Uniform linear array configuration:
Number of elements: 32
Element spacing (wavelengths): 0.75
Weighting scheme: hann
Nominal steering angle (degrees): -60
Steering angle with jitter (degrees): -59.188
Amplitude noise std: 0.05
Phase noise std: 0.05

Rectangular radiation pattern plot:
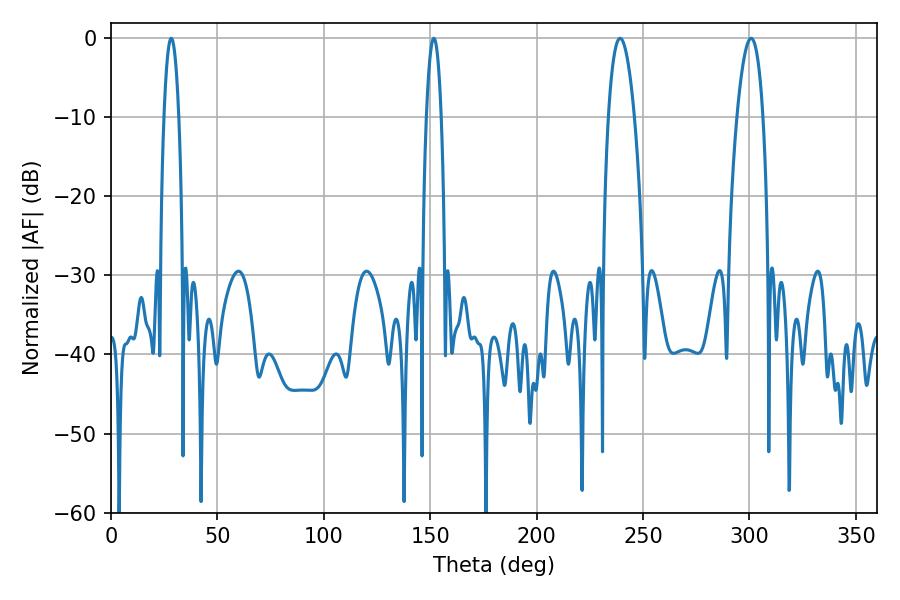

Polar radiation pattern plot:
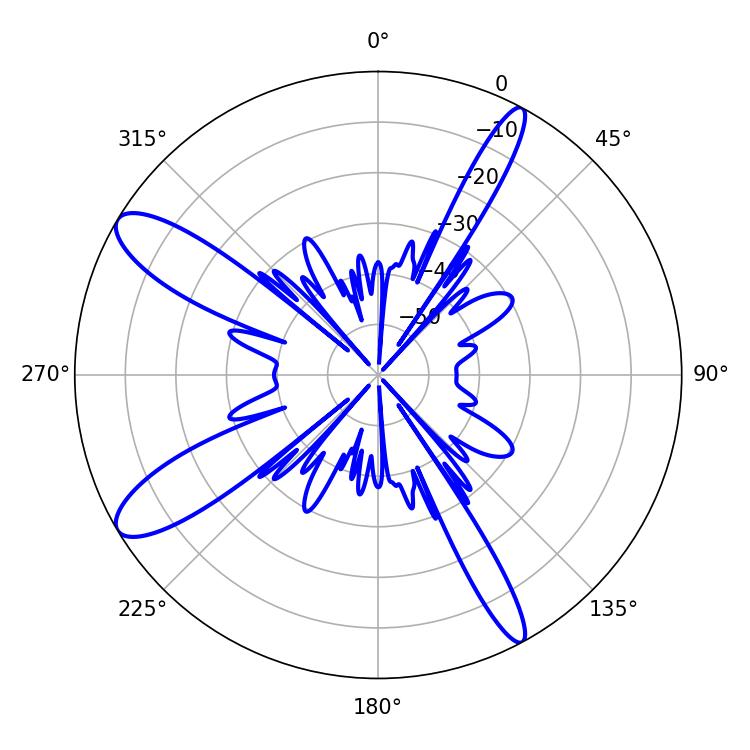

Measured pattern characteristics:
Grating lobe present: TRUE
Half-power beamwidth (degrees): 6.84
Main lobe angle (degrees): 239.22